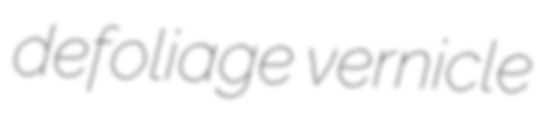
defoliage vernicle